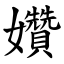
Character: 㜺